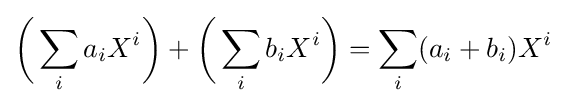
{\bigg (}\sum _{i}a_{i}X^{i}{\bigg )}+{\bigg (}\sum _{i}b_{i}X^{i}{\bigg )}=\sum _{i}(a_{i}+b_{i})X^{i}